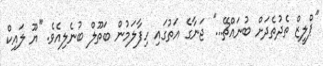
''ޕްލީޒް ތެދުތެދަށް ބުނައްޗޭ...'' ޖަނާގެ އަތުގައި ހިފާލަމުން ބަތޫލް ބުނެލިއެވެ. ''ޔޫ ލައިކް